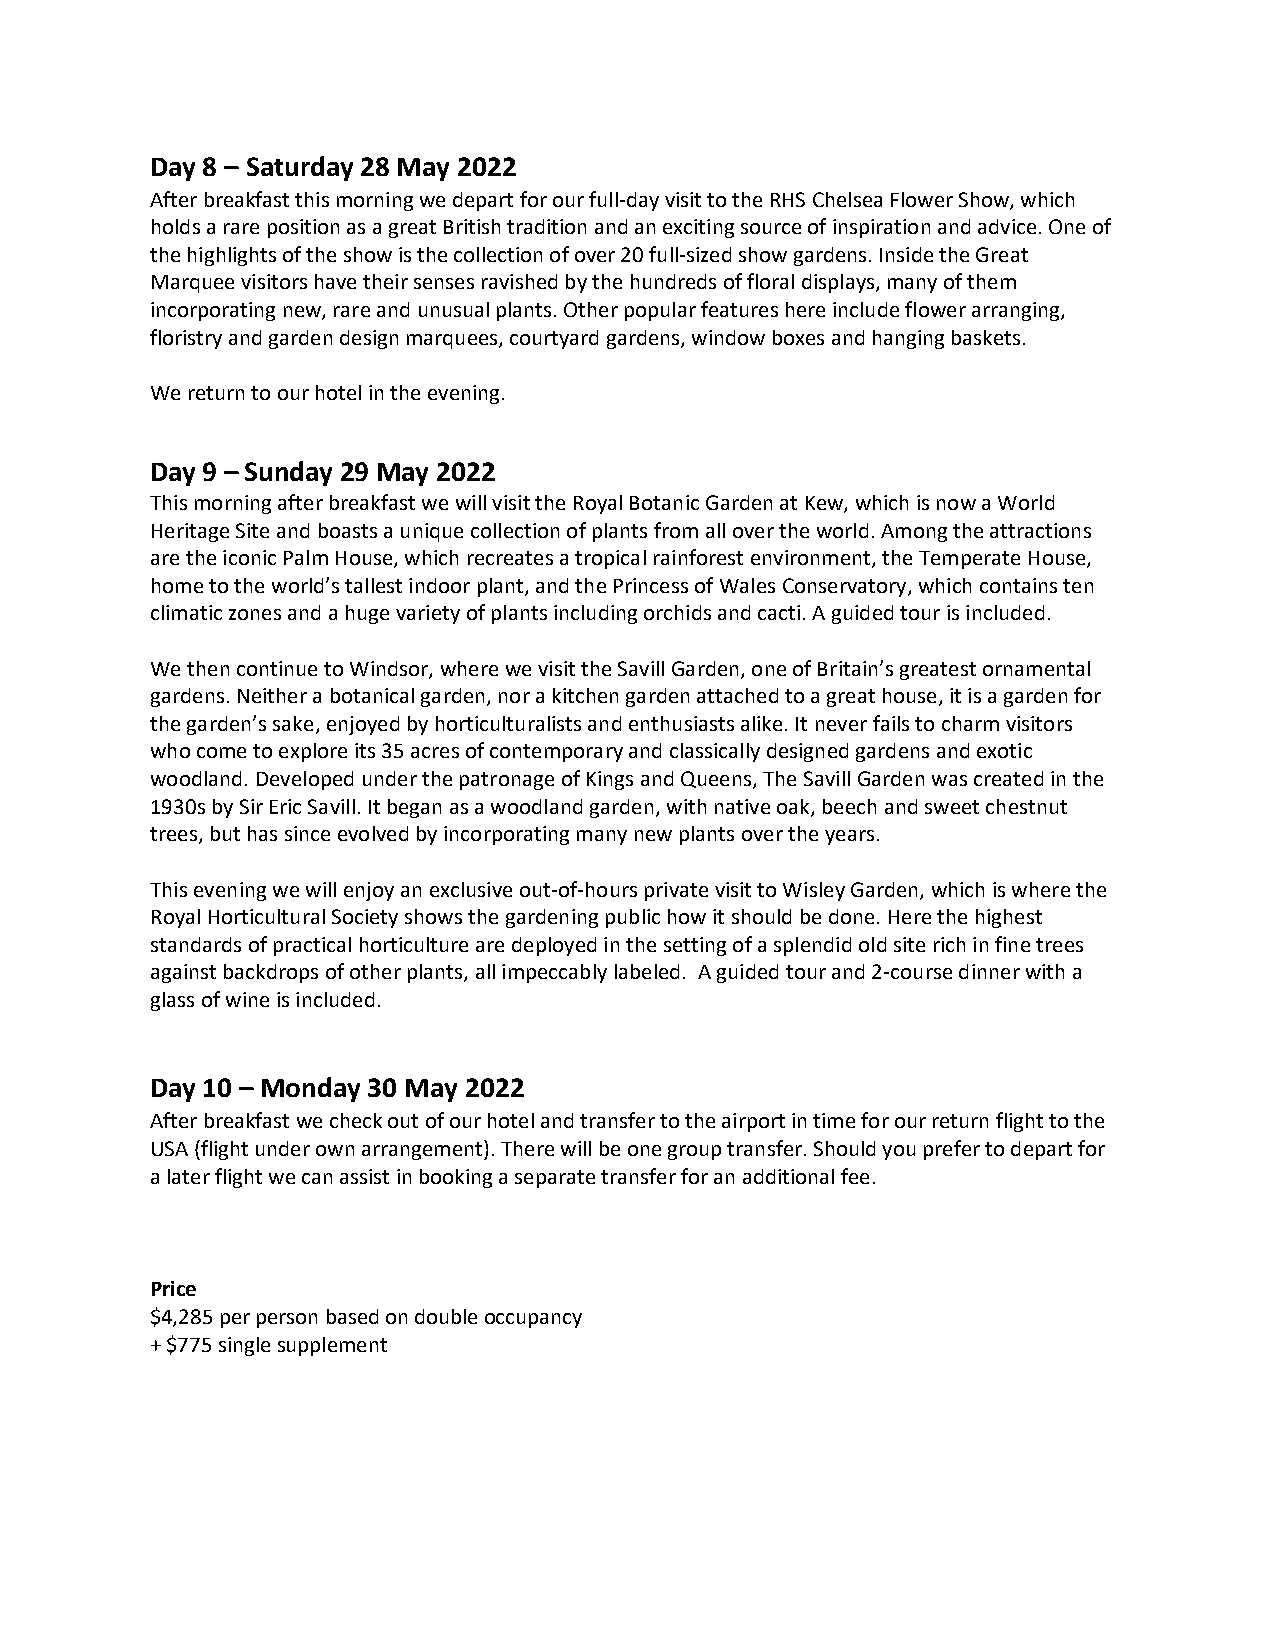
Day 8 – Saturday 28 May 2022
 After breakfast this morning we depart for our full-day visit to the RHS Chelsea Flower Show, which
 holds a rare position as a great British tradition and an exciting source of inspiration and advice. One of
 the highlights of the show is the collection of over 20 full-sized show gardens. Inside the Great
 Marquee visitors have their senses ravished by the hundreds of floral displays, many of them
 incorporating new, rare and unusual plants. Other popular features here include flower arranging,
 floristry and garden design marquees, courtyard gardens, window boxes and hanging baskets.
 We return to our hotel in the evening.
 Day 9 – Sunday 29 May 2022
 This morning after breakfast we will visit the Royal Botanic Garden at Kew, which is now a World
 Heritage Site and boasts a unique collection of plants from all over the world. Among the attractions
 are the iconic Palm House, which recreates a tropical rainforest environment, the Temperate House,
 home to the world’s tallest indoor plant, and the Princess of Wales Conservatory, which contains ten
 climatic zones and a huge variety of plants including orchids and cacti. A guided tour is included.
 We then continue to Windsor, where we visit the Savill Garden, one of Britain’s greatest ornamental
 gardens. Neither a botanical garden, nor a kitchen garden attached to a great house, it is a garden for
 the garden’s sake, enjoyed by horticulturalists and enthusiasts alike. It never fails to charm visitors
 who come to explore its 35 acres of contemporary and classically designed gardens and exotic
 woodland. Developed under the patronage of Kings and Queens, The Savill Garden was created in the
 1930s by Sir Eric Savill. It began as a woodland garden, with native oak, beech and sweet chestnut
 trees, but has since evolved by incorporating many new plants over the years.
 This evening we will enjoy an exclusive out-of-hours private visit to Wisley Garden, which is where the
 Royal Horticultural Society shows the gardening public how it should be done. Here the highest
 standards of practical horticulture are deployed in the setting of a splendid old site rich in fine trees
 against backdrops of other plants, all impeccably labeled. A guided tour and 2-course dinner with a
 glass of wine is included.
 Day 10 – Monday 30 May 2022
 After breakfast we check out of our hotel and transfer to the airport in time for our return flight to the
 USA (flight under own arrangement). There will be one group transfer. Should you prefer to depart for
 a later flight we can assist in booking a separate transfer for an additional fee.
 Price
 $4,285 per person based on double occupancy
 + $775 single supplement